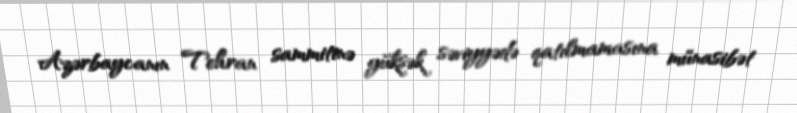
Azərbaycanın Tehran sammitinə yüksək səviyyədə qatılmamasına münasibət